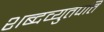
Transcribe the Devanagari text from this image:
शब्दव्युतपत्ति